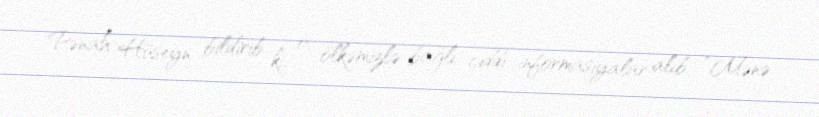
Pənah Hüseyn bildirib ki, o, ölkəmizlə bağlı ciddi informasiyalar alıb: “Mənə